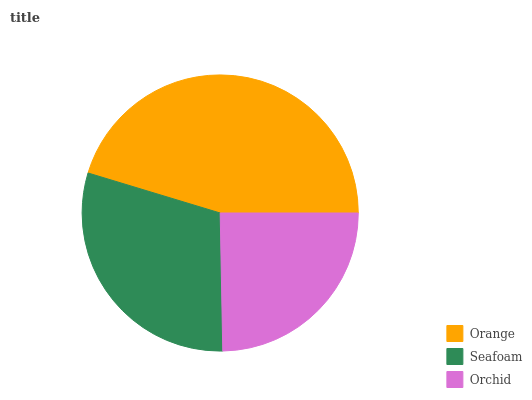
| Orange | Seafoam | Orchid |
 | --- | --- | --- |
 | 45.4% | 29.9% | 24.7% |